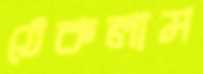
ঠেকলাম